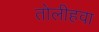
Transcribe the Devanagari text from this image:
तोलीहवा